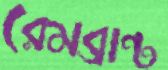
রেমব্রান্ট